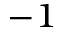
^ { - 1 }